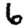
Digit: 6